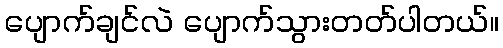
ပျောက်ချင်လဲ ပျောက်သွားတတ်ပါတယ်။